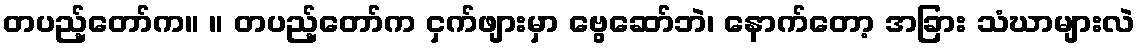
တပည့်တော်က။ ။ တပည့်တော်က ငှက်ဖျားမှာ ဗွေဆော်ဘဲ၊ နောက်တော့ အခြား သံဃာများလဲ